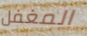
المغفل